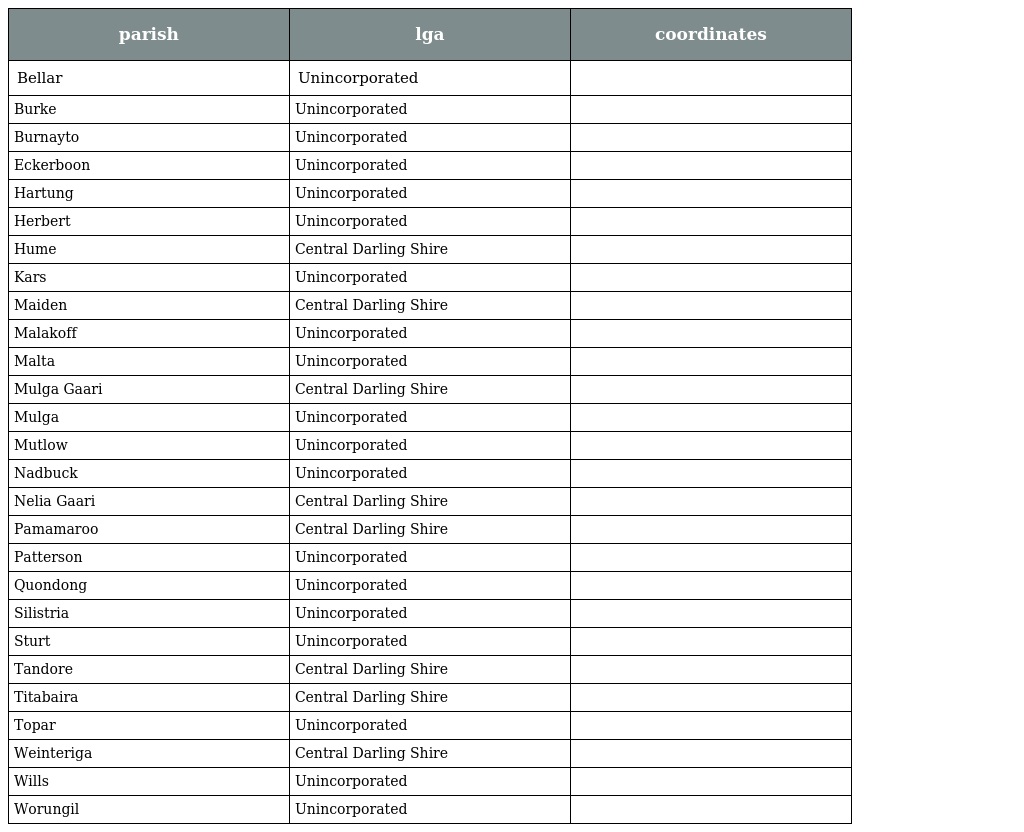
| parish | lga | coordinates |
 | --- | --- | --- |
 | Bellar | Unincorporated |  |
 | Burke | Unincorporated |  |
 | Burnayto | Unincorporated |  |
 | Eckerboon | Unincorporated |  |
 | Hartung | Unincorporated |  |
 | Herbert | Unincorporated |  |
 | Hume | Central Darling Shire |  |
 | Kars | Unincorporated |  |
 | Maiden | Central Darling Shire |  |
 | Malakoff | Unincorporated |  |
 | Malta | Unincorporated |  |
 | Mulga Gaari | Central Darling Shire |  |
 | Mulga | Unincorporated |  |
 | Mutlow | Unincorporated |  |
 | Nadbuck | Unincorporated |  |
 | Nelia Gaari | Central Darling Shire |  |
 | Pamamaroo | Central Darling Shire |  |
 | Patterson | Unincorporated |  |
 | Quondong | Unincorporated |  |
 | Silistria | Unincorporated |  |
 | Sturt | Unincorporated |  |
 | Tandore | Central Darling Shire |  |
 | Titabaira | Central Darling Shire |  |
 | Topar | Unincorporated |  |
 | Weinteriga | Central Darling Shire |  |
 | Wills | Unincorporated |  |
 | Worungil | Unincorporated |  |